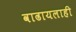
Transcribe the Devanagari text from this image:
वाढायलाही